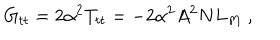
G _ { t t } = 2 \alpha ^ { 2 } T _ { t t } = - 2 \alpha ^ { 2 } A ^ { 2 } N L _ { M } \ ,